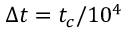
\Delta t = t _ { c } / 1 0 ^ { 4 }